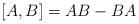
LaTeX: \begin{align*}[A,B] = AB- BA\end{align*}